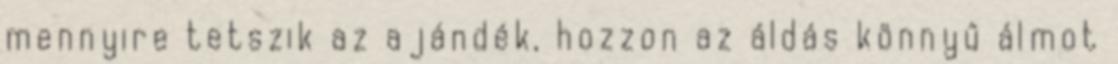
mennyire tetszik az ajándék, hozzon az áldás könnyű álmot